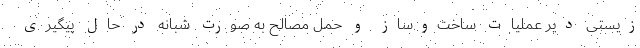
زیستی دیّر عملیات ساخت‌وساز و حمل مصالح به صورت شبانه در حال پیگیری